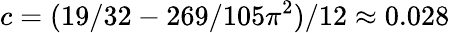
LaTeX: c=(19/32-269/105\pi^{2})/12\approx 0.028